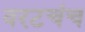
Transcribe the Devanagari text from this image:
वरटचंच